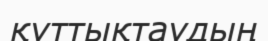
құттықтаудың